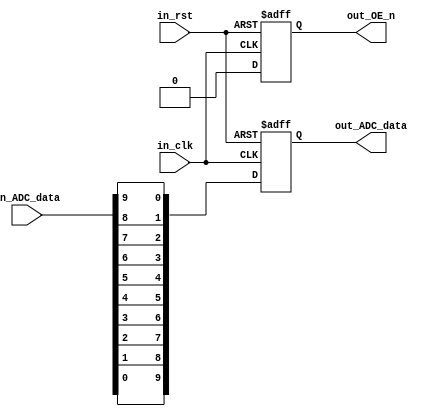
/*******************************(C) COPYRIGHT 2017 Wind*********************************/
/**============================================================================
* @FileName    : Drive_ADC.v
* @Description : ADC
* @Date        : 2017/5/1
* @By          : Wind
* @Email       : 1659567673@ qq.com
* @Platform    : Quartus II 15.0 (64-bit) (EP4CE22E22C8)
* @Explain     : ADC
*=============================================================================*/ 
module Drive_ADC
(   
    input in_rst
    ,input in_clk  
    ,input [9:0]in_ADC_data  

    ,output reg out_OE_n    
    ,output reg [9:0]out_ADC_data  

);

always @(negedge in_rst or posedge in_clk)
begin

    if(in_rst == 0)
    begin
        out_ADC_data <= 10'b0;
        out_OE_n <= 1;	
    end
    
    else

	begin 
        out_OE_n <= 0;
    
		//
		out_ADC_data[9] <= in_ADC_data[0];
		out_ADC_data[8] <= in_ADC_data[1];
		out_ADC_data[7] <= in_ADC_data[2];
		out_ADC_data[6] <= in_ADC_data[3];
		out_ADC_data[5] <= in_ADC_data[4];
		out_ADC_data[4] <= in_ADC_data[5];
		out_ADC_data[3] <= in_ADC_data[6];
		out_ADC_data[2] <= in_ADC_data[7];
		out_ADC_data[1] <= in_ADC_data[8];
		out_ADC_data[0] <= in_ADC_data[9];
	end
	
end
	
	
	
	
	
	
endmodule


/*******************************(C) COPYRIGHT 2017 Wind*********************************/